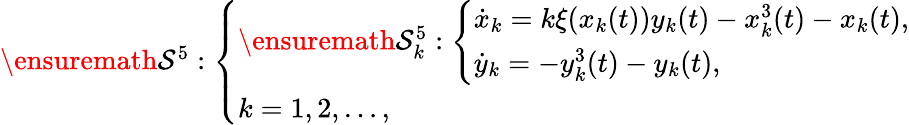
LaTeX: \begin{array}{r}{\ensuremath{\mathcal{S}}^{5}:\left\{ \begin{array}{l}{\ensuremath{\mathcal{S}}_{k}^{5}:\left\{ \begin{array}{l}{\dot{x}_{k}=k\xi(x_{k}(t))y_{k}(t)-x_{k}^{3}(t)-x_{k}(t),}\\ {\dot{y}_{k}=-y_{k}^{3}(t)-y_{k}(t),}\end{array}\right.}\\ {k=1,2,\ldots,}\end{array}\right.}\end{array}